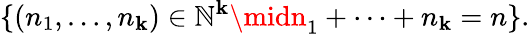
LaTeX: \{ (n_{1},\dots,n_{\mathbf{k}})\in\mathbb{{N}}^{\mathbf{k}}\midn_{1}+\cdots+n_{\mathbf{k}}=n\} .